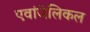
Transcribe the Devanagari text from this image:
एवांजेलिकल